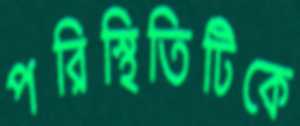
পরিস্থিতিটিকে